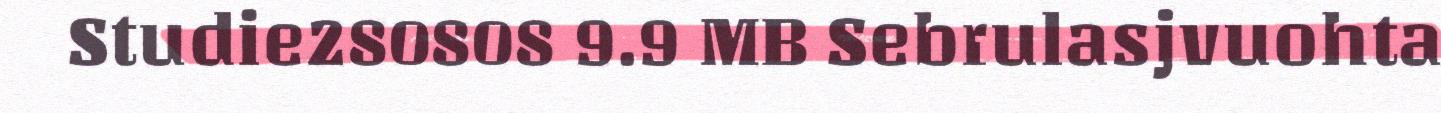
Studie280808 9.9 MB Sebrulasjvuohta